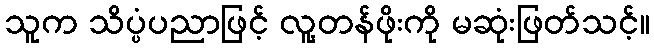
သူက သိပ္ပံပညာဖြင့် လူ့တန်ဖိုးကို မဆုံးဖြတ်သင့်။